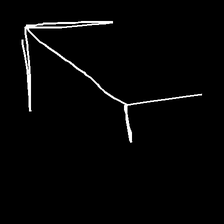
Glyph: gather